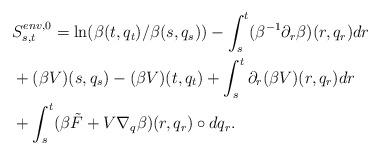
LaTeX: \begin{align*}&S^{env,0}_{s,t}= \ln(\beta(t,q_t)/\beta(s,q_s))-\int_s^t (\beta^{-1}\partial_r\beta)(r,q_r)dr\\&+(\beta V)(s,q_s)-(\beta V)(t,q_t)+\int_s^t \partial_r(\beta V)(r,q_r) dr\\&+\int_s^t ( \beta \tilde F+V\nabla_q\beta)(r,q_r)\circ dq_r.\end{align*}